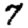
Digit: 7